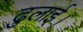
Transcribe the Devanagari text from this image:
ढुलाई।